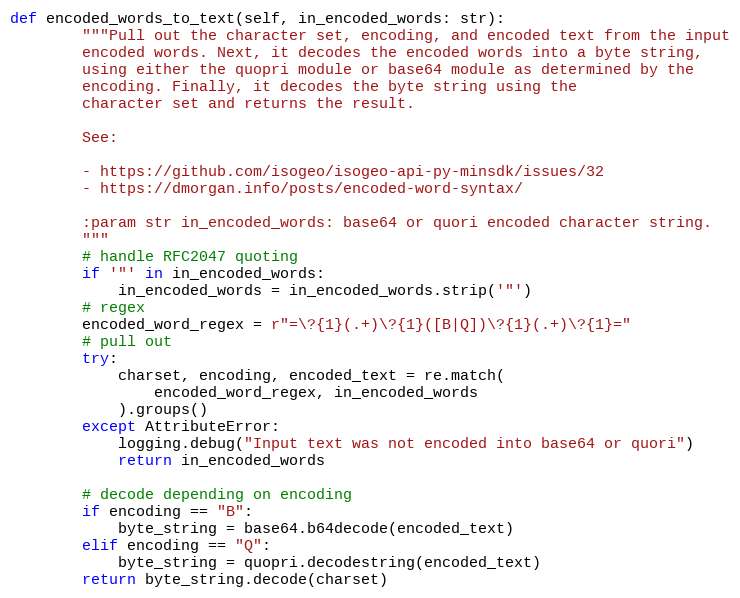
Language: Python
def encoded_words_to_text(self, in_encoded_words: str):
        """Pull out the character set, encoding, and encoded text from the input
        encoded words. Next, it decodes the encoded words into a byte string,
        using either the quopri module or base64 module as determined by the
        encoding. Finally, it decodes the byte string using the
        character set and returns the result.

        See:

        - https://github.com/isogeo/isogeo-api-py-minsdk/issues/32
        - https://dmorgan.info/posts/encoded-word-syntax/

        :param str in_encoded_words: base64 or quori encoded character string.
        """
        # handle RFC2047 quoting
        if '"' in in_encoded_words:
            in_encoded_words = in_encoded_words.strip('"')
        # regex
        encoded_word_regex = r"=\?{1}(.+)\?{1}([B|Q])\?{1}(.+)\?{1}="
        # pull out
        try:
            charset, encoding, encoded_text = re.match(
                encoded_word_regex, in_encoded_words
            ).groups()
        except AttributeError:
            logging.debug("Input text was not encoded into base64 or quori")
            return in_encoded_words

        # decode depending on encoding
        if encoding == "B":
            byte_string = base64.b64decode(encoded_text)
        elif encoding == "Q":
            byte_string = quopri.decodestring(encoded_text)
        return byte_string.decode(charset)